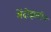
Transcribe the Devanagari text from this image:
मेंदोझातील